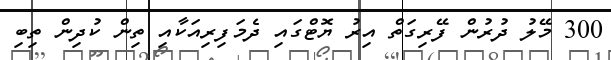
300 މޭލު ދުރުން ފޭރިގަތް އިރު ޔޮޓްގައި ދެމަފިރިއަކާއި ތިން ކުދިން ތިބި